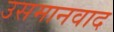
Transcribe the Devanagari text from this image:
उसमानवाद